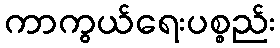
ကာကွယ်ရေးပစ္စည်း